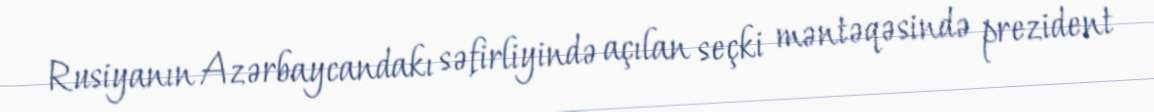
Rusiyanın Azərbaycandakı səfirliyində açılan seçki məntəqəsində prezident